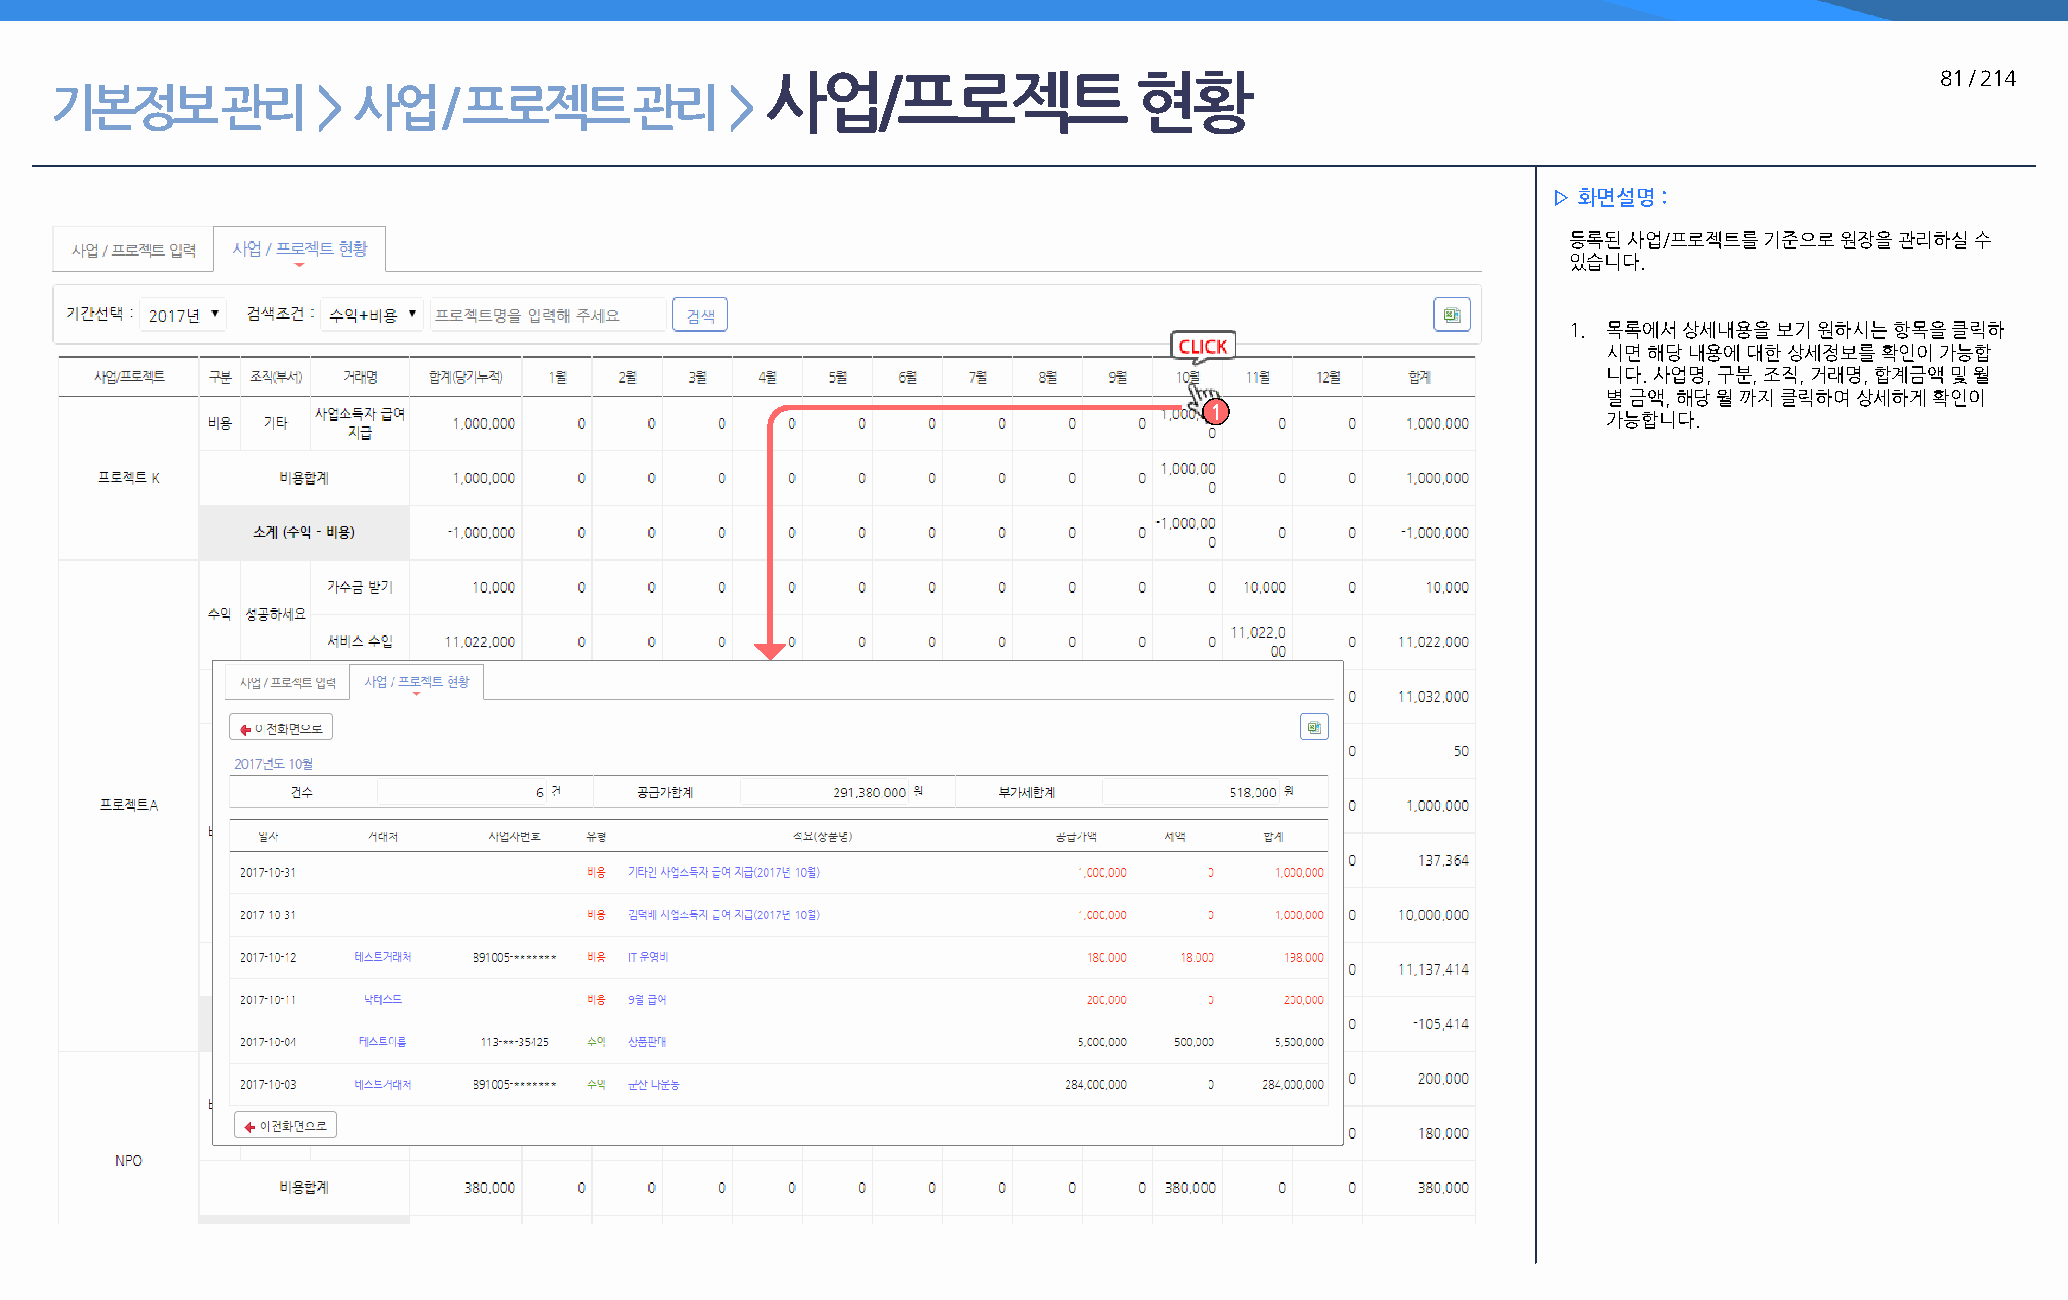
사업/프로젝트                 현황                                                   81 / 214
 기본정보        관리    > 사업    / 프로젝트       관리    >
 ▷ 화면설명 :
 등록된 사업/프로젝트를 기준으로 원장을 관리하실 수
 있습니다.
 1. 목록에서 상세내용을 보기 원하시는 항목을 클릭하
 시면 해당 내용에 대한 상세정보를 확인이 가능합
 니다. 사업명, 구분, 조직, 거래명, 합계금액 및 월
 별 금액, 해당 월 까지 클릭하여 상세하게 확인이
 1
 가능합니다.